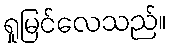
ရှုမြင်လေသည်။